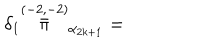
\delta _ { 1 } \stackrel { ( - 2 , - 2 ) } { \bar { \pi } } _ { \alpha _ { 2 k + 1 } } =